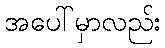
အပေါ်မှာလည်း